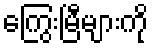
ကြွေးမြီများကို